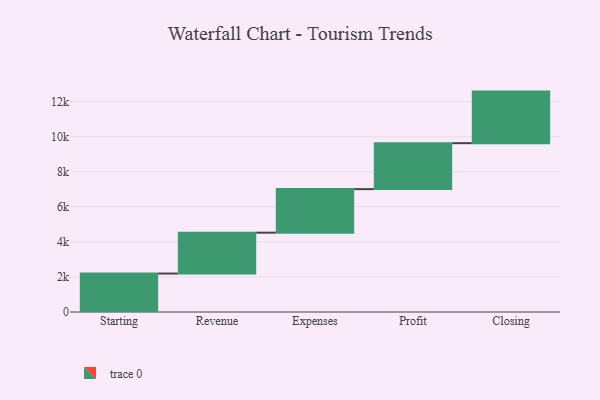
{"axis": {"x": "Step", "y": "Value"}, "legend": [""], "data": [{"x": "Starting", "y": 2194.0, "type": ""}, {"x": "Revenue", "y": 2333.0, "type": ""}, {"x": "Expenses", "y": 2484.0, "type": ""}, {"x": "Profit", "y": 2622.0, "type": ""}, {"x": "Closing", "y": 2942.0, "type": ""}]}